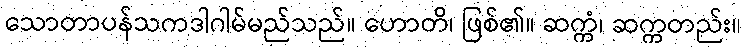
သောတာပန်သကဒါဂါမ်မည်သည်။ ဟောတိ၊ ဖြစ်၏။ ဆက္ကံ၊ ဆက္ကတည်း။